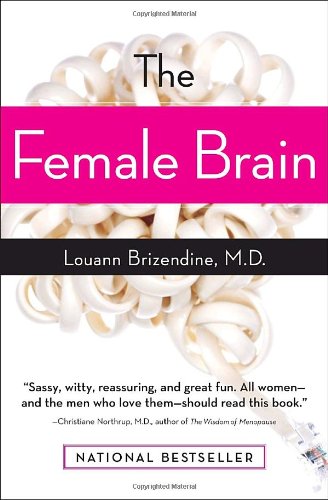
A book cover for The Female Brain; Louann Brizendine; Medical Books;